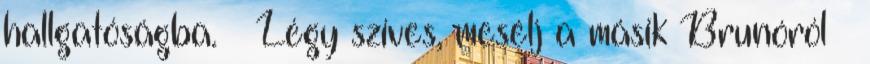
hallgatóságba. – Légy szíves, mesélj a másik Brunóról –